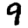
Digit: 9